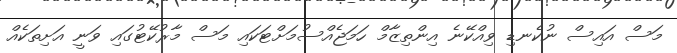
މަސް އައިސް ނުކެނޑި ވިއްކޭނެ އިންތިޒާމް ހަމަޖެއްސުމަށްޓަކައި މަސް މާރުކޭޓުގައި ވަނީ އަށިތަކެއް